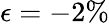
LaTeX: \epsilon=-2\%